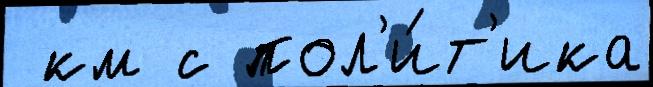
 км с пол'и́т'ика